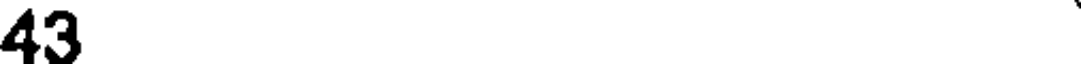
43